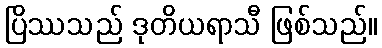
ပြိဿသည် ဒုတိယရာသီ ဖြစ်သည်။